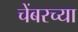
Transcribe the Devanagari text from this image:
चेंबरच्या